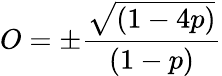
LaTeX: O=\pm\frac{\sqrt{(1-4p)}}{(1-p)}